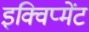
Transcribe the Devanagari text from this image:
इक्विप्मेंट